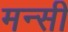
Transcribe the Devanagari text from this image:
मन्सी